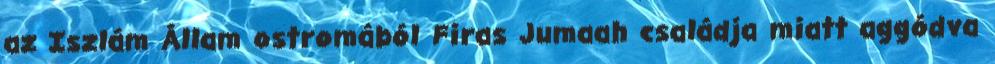
az Iszlám Állam ostromából Firas Jumaah családja miatt aggódva